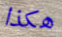
هكذا